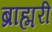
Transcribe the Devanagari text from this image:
ब्राह्मरी